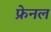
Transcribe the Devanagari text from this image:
फ्रेनल